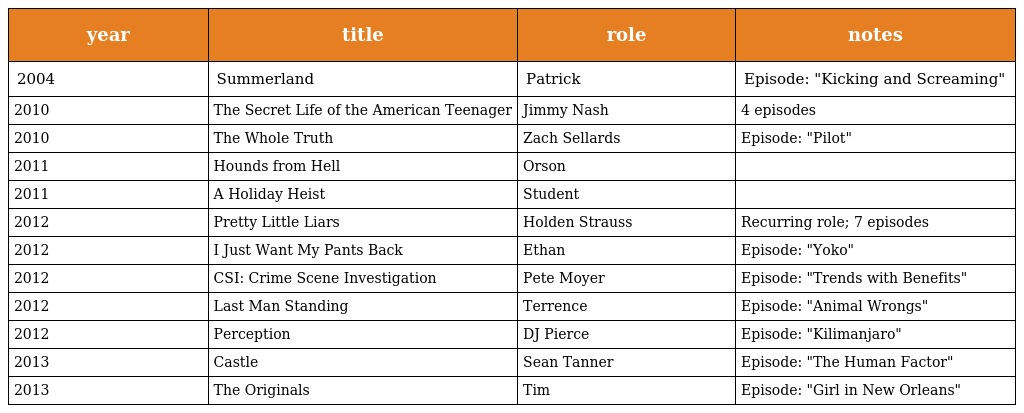
| year | title | role | notes |
 | --- | --- | --- | --- |
 | 2004 | Summerland | Patrick | Episode: "Kicking and Screaming" |
 | 2010 | The Secret Life of the American Teenager | Jimmy Nash | 4 episodes |
 | 2010 | The Whole Truth | Zach Sellards | Episode: "Pilot" |
 | 2011 | Hounds from Hell | Orson |  |
 | 2011 | A Holiday Heist | Student |  |
 | 2012 | Pretty Little Liars | Holden Strauss | Recurring role; 7 episodes |
 | 2012 | I Just Want My Pants Back | Ethan | Episode: "Yoko" |
 | 2012 | CSI: Crime Scene Investigation | Pete Moyer | Episode: "Trends with Benefits" |
 | 2012 | Last Man Standing | Terrence | Episode: "Animal Wrongs" |
 | 2012 | Perception | DJ Pierce | Episode: "Kilimanjaro" |
 | 2013 | Castle | Sean Tanner | Episode: "The Human Factor" |
 | 2013 | The Originals | Tim | Episode: "Girl in New Orleans" |